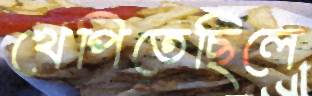
খেপিতেছিলে